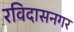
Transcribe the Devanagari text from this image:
रविदासनगर